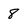
Character: 8